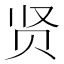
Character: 贤